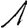
Digit: 1